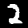
Digit: 2